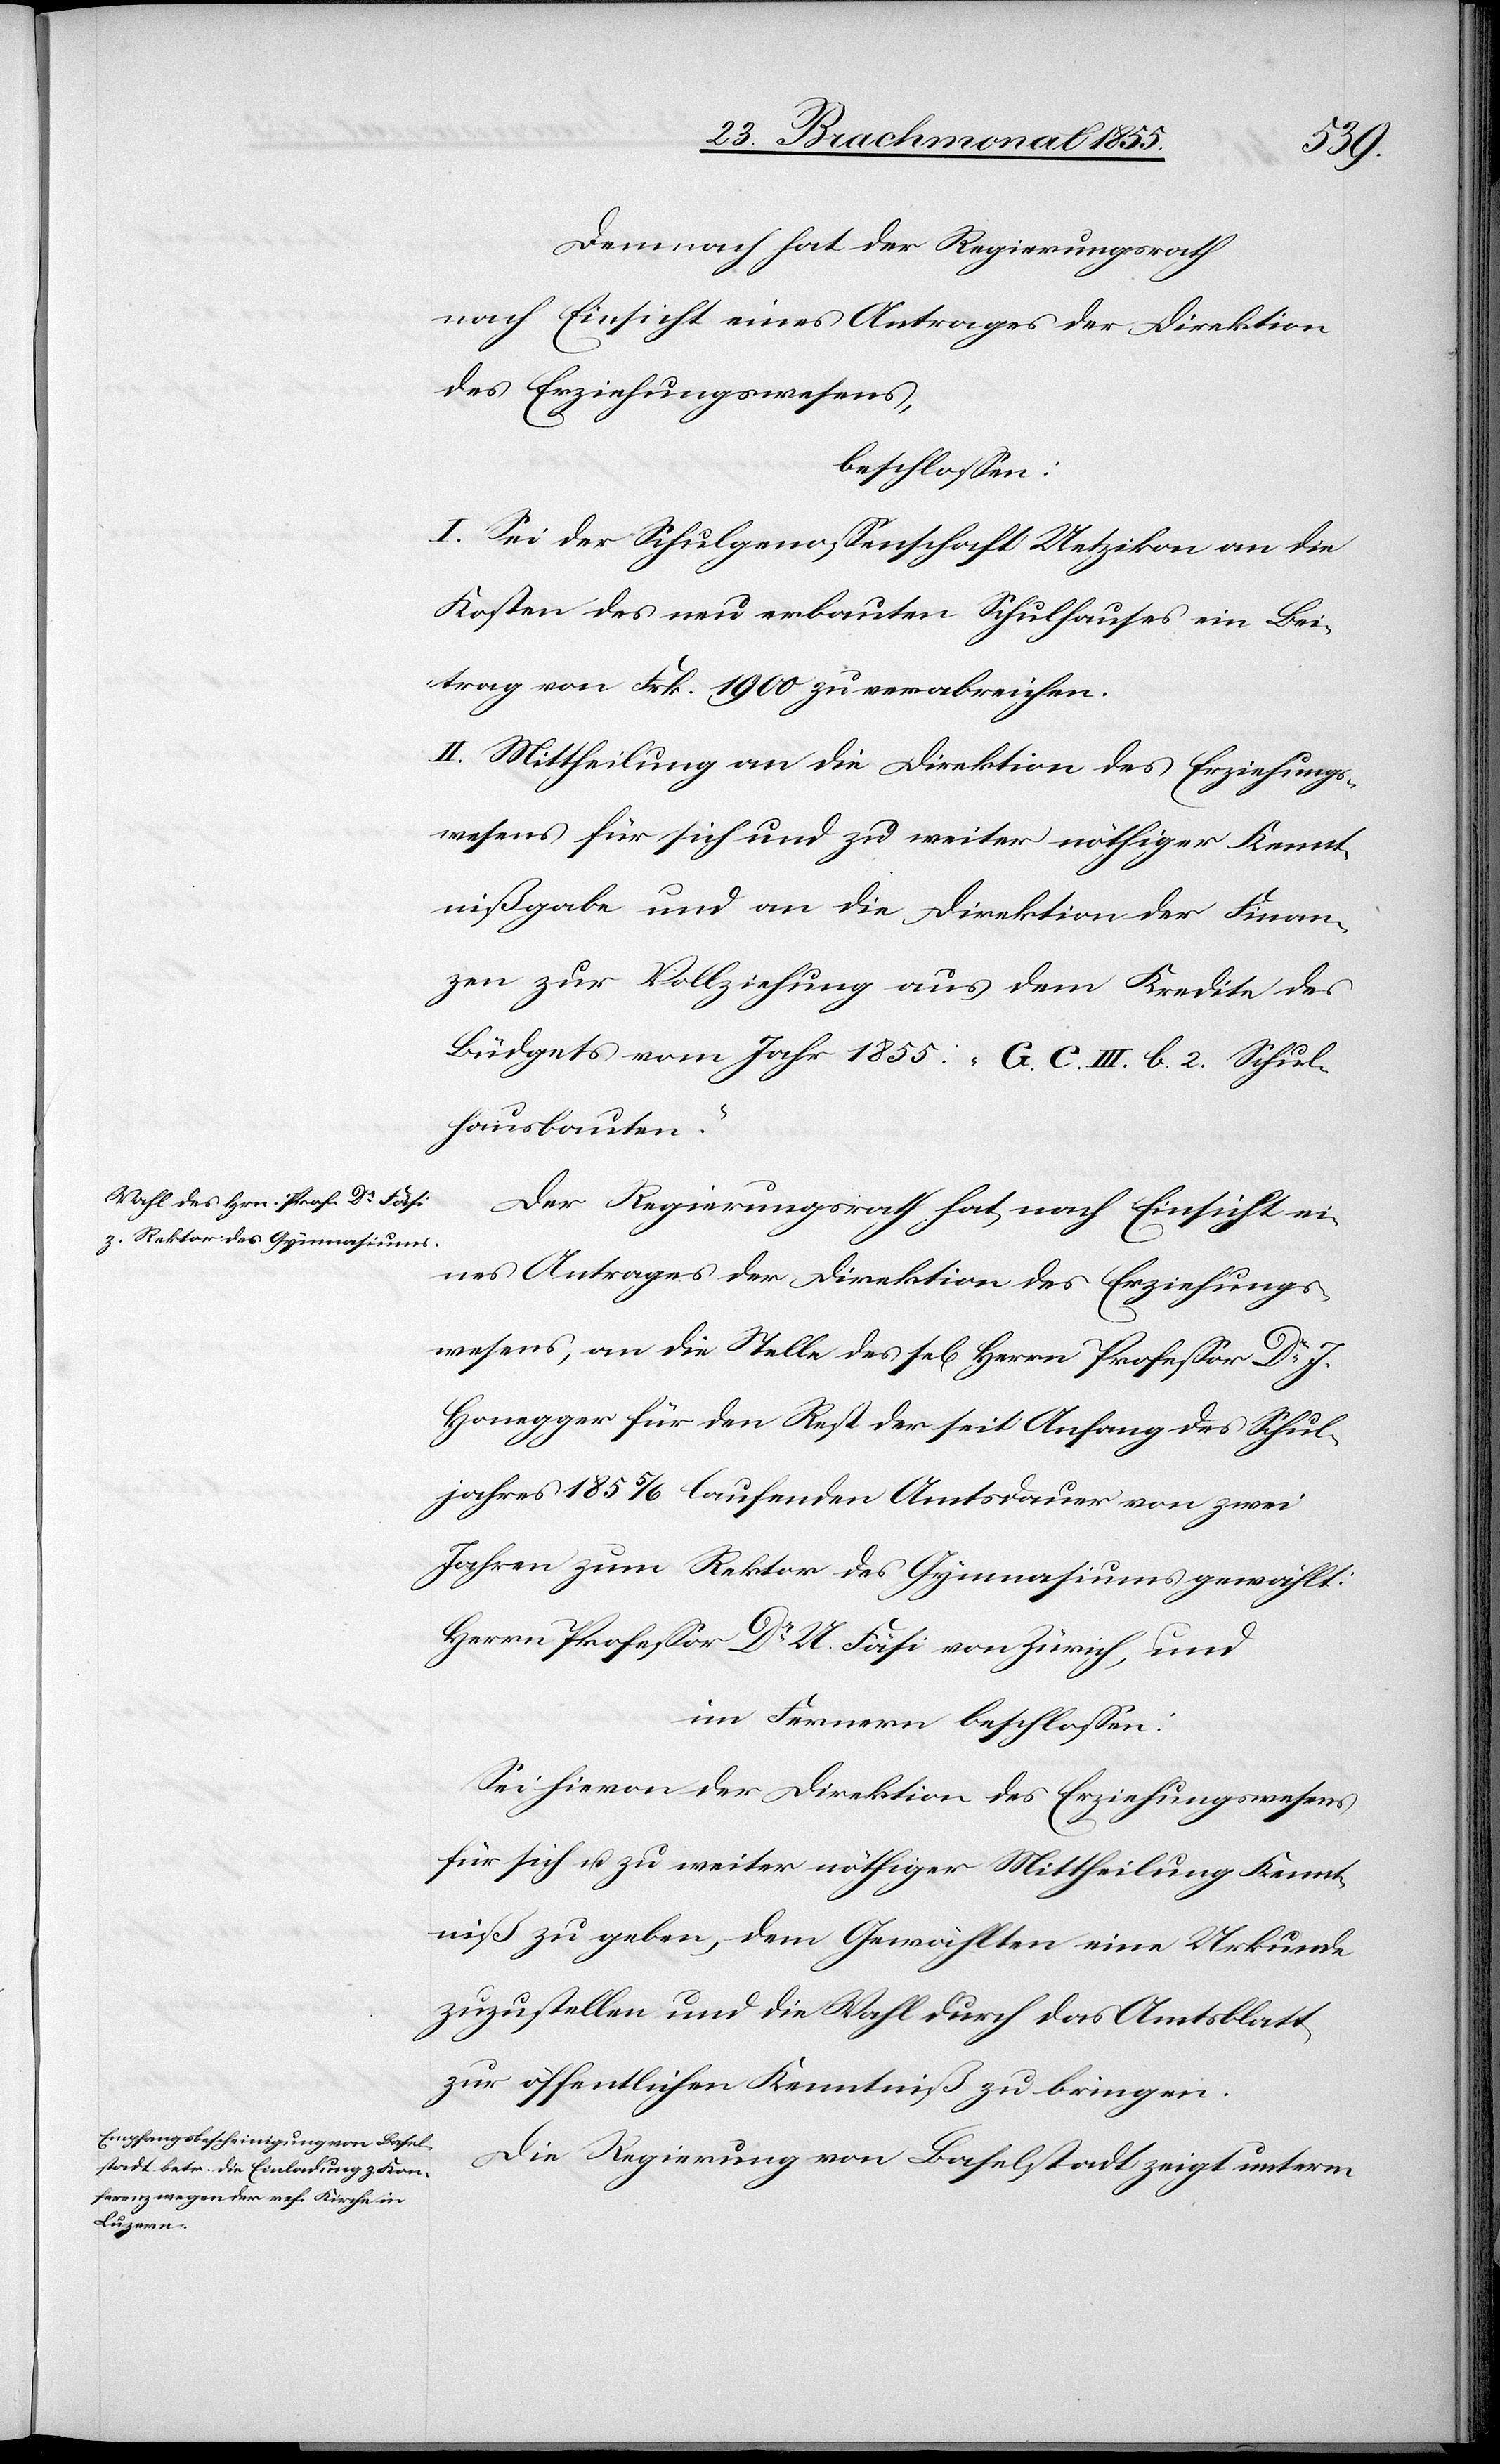
Demnach hat der Regierungsrath
nach Einsicht eines Antrages der Direktion
des Erziehungswesens,
beschlossen:
I. Sei der Schulgenossenschaft Uetzikon an die
Kosten des neu erbauten Schulhauses ein Bei¬
trag von Frk. 1900 zu verabreichen.
II. Mittheilung an die Direktion des Erziehungs¬
wesens für sich und zu weiter nöthiger Kennt¬
nißgabe und an die Direktion der Finan¬
zen zur Vollziehung aus dem Kredite des
Büdgets vom Jahr 1855: „G. C. III. b. 2. Schul¬
hausbauten.“
Der Regierungsrath hat, nach Einsicht ei¬
nes Antrages der Direktion des Erziehungs¬
wesens, an die Stelle des sel[igen] Herrn Professor Dr. J.
Honegger für den Rest der seit Anfang des Schul¬
jahres 1855/6 laufenden Amtsdauer von zwei
Jahren zum Rektor des Gymnasiums gewählt:
Herrn Professor Dr. U. Fäsi von Zürich, und
im Fernern beschlossen:
Sei hievon der Direktion des Erziehungswesens
für sich u. zu weiter nöthiger Mittheilung Kennt¬
niß zu geben, dem Gewählten eine Urkunde
zuzustellen und die Wahl durch das Amtsblatt
zur öffentlichen Kenntniß zu bringen.
Die Regierung von Baselstadt zeigt unterm